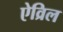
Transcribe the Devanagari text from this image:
ऐव्रिल